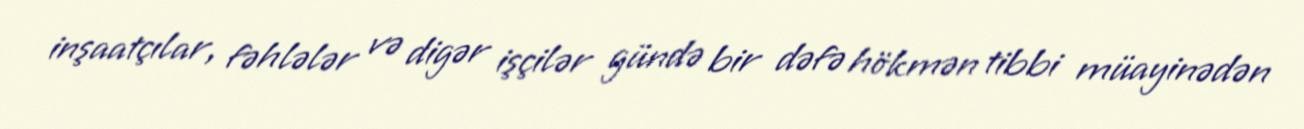
inşaatçılar, fəhlələr və digər işçilər gündə bir dəfə hökmən tibbi müayinədən